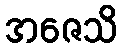
အဇေသိ